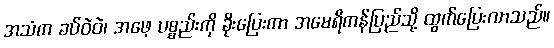
အသံက ခပ်ဝဲဝဲ၊ အဖေ့ ပစ္စည်းကို ခိုးပြေးကာ အမေရိကန်ပြည်သို့ ထွက်ပြေးလာသည်။